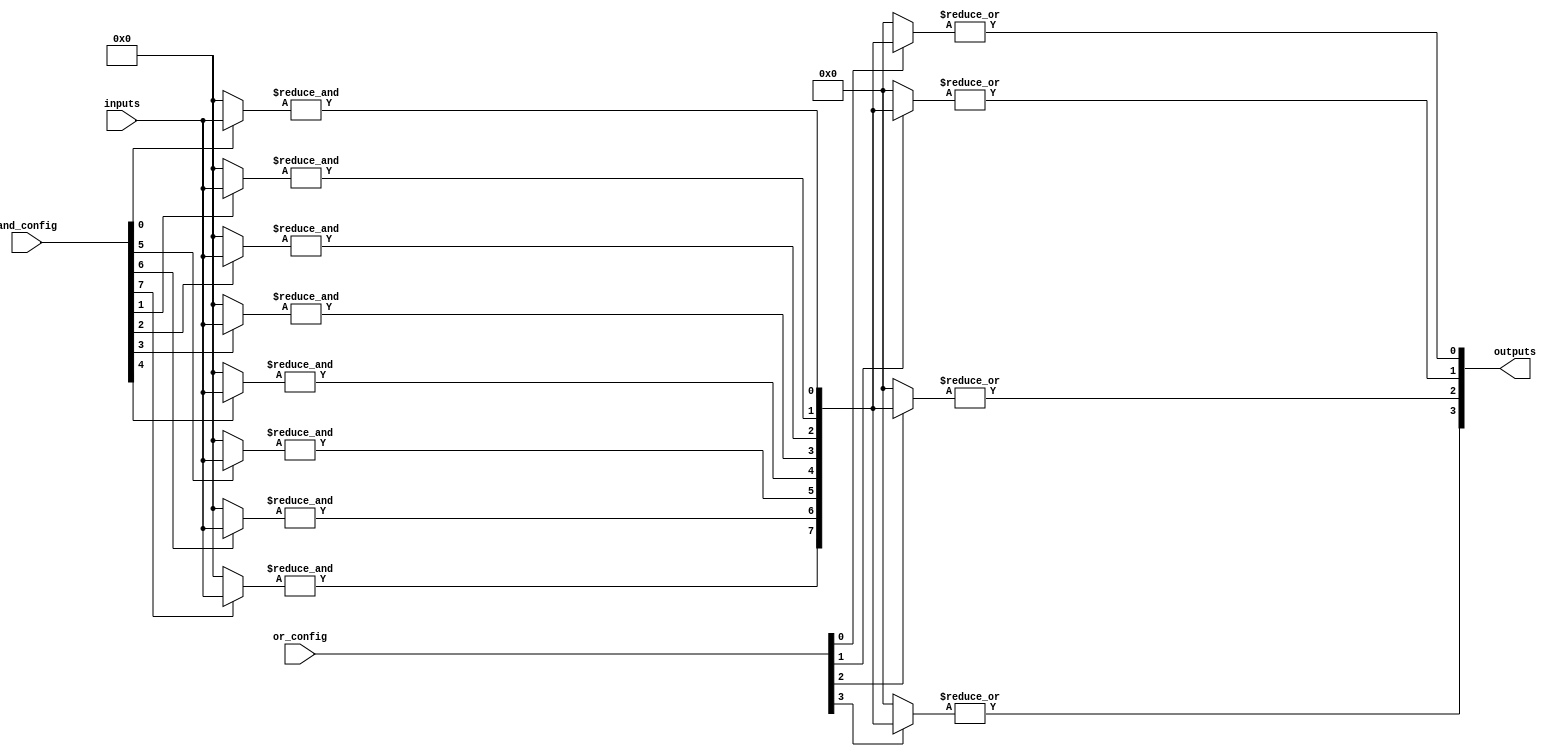
module GPAL #(
    parameter NUM_INPUTS = 4,       // Number of input lines
    parameter NUM_AND_GATES = 8,     // Number of AND gates
    parameter NUM_OR_GATES = 4        // Number of OR gates
)(
    input wire [NUM_INPUTS-1:0] inputs,          // Input lines
    input wire [NUM_AND_GATES-1:0] and_config,   // AND gate configuration
    input wire [NUM_OR_GATES-1:0] or_config,     // OR gate configuration
    output wire [NUM_OR_GATES-1:0] outputs        // Output lines
);

    // Internal wires for product terms
    wire [NUM_AND_GATES-1:0] product_terms;

    // Programmable AND array
    genvar i, j;
    generate
        for (i = 0; i < NUM_AND_GATES; i = i + 1) begin : and_array
            wire [NUM_INPUTS-1:0] and_inputs;
            assign and_inputs = (and_config[i]) ? inputs : {NUM_INPUTS{1'b0}}; // Connect inputs based on configuration

            // AND gate logic
            assign product_terms[i] = &and_inputs; // AND operation
        end
    endgenerate

    // Programmable OR array
    generate
        for (j = 0; j < NUM_OR_GATES; j = j + 1) begin : or_array
            wire [NUM_AND_GATES-1:0] or_inputs;
            assign or_inputs = (or_config[j]) ? product_terms : {NUM_AND_GATES{1'b0}}; // Connect product terms based on configuration

            // OR gate logic
            assign outputs[j] = |or_inputs; // OR operation
        end
    endgenerate

endmodule